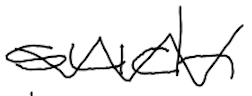
Text: such
Cross-out: zig-zag
Writing tool: digital_black